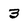
Character: 3